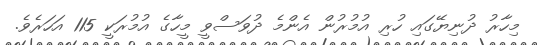
މިހާރު ދުނިޔޭގައި ހުރި އުމުރުން އެންމެ ދުވަސްވީ މީހާގެ އުމުރަކީ 115 އަހަރެވެ.